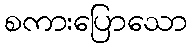
စကားပြောသော